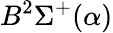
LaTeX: B^{2}\Sigma^{+}(\alpha)